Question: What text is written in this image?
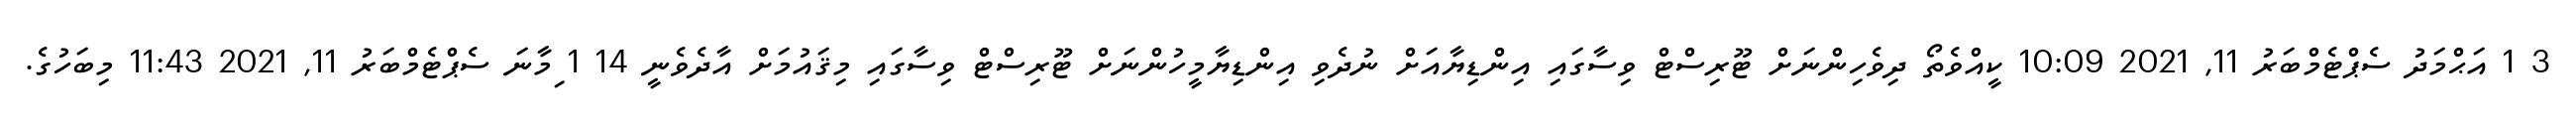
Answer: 3 1 އަޙްމަދު ސެޕްޓެމްބަރު 11, 2021 10:09 ކީއްވެތޯ ދިވެހިންނަށް ޓޫރިސްޓް ވިސާގައި އިންޑިޔާއަށް ނުދެވި އިންޑިޔާމީހުންނަށް ޓޫރިސްޓް ވިސާގައި މިޤައުމަށް އާދެވެނީ 14 1 ިމާނަ ސެޕްޓެމްބަރު 11, 2021 11:43 މިބަހުގެ.